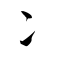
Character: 冫